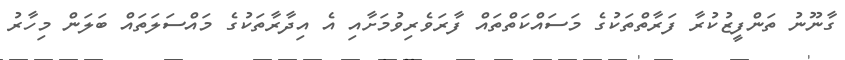
ގާނޫނު ތަންފީޒުކުރާ ފަރާތްތަކުގެ މަސައްކަތްތައް ފާރަވެރިވުމަށާއި އެ އިދާރާތަކުގެ މައްސަލަތައް ބަލަން މިހާރު